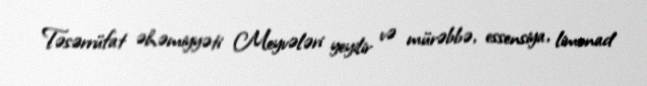
Təsərrüfat əhəmiyyəti Meyvələri yeyilir və mürəbbə, essensiya, limonad